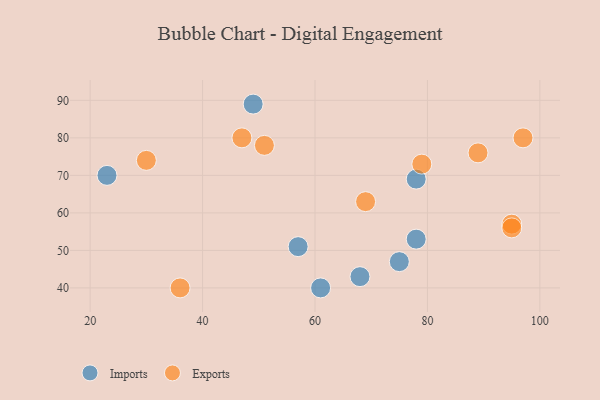
{"axis": {"x": "GDP", "y": "Life Expectancy"}, "legend": ["Exports", "Imports"], "data": [{"x": "68", "y": 43, "type": "Imports"}, {"x": "23", "y": 70, "type": "Imports"}, {"x": "75", "y": 47, "type": "Imports"}, {"x": "78", "y": 69, "type": "Imports"}, {"x": "57", "y": 51, "type": "Imports"}, {"x": "49", "y": 89, "type": "Imports"}, {"x": "61", "y": 40, "type": "Imports"}, {"x": "78", "y": 53, "type": "Imports"}, {"x": "95", "y": 57, "type": "Exports"}, {"x": "95", "y": 56, "type": "Exports"}, {"x": "79", "y": 73, "type": "Exports"}, {"x": "97", "y": 80, "type": "Exports"}, {"x": "36", "y": 40, "type": "Exports"}, {"x": "51", "y": 78, "type": "Exports"}, {"x": "47", "y": 80, "type": "Exports"}, {"x": "69", "y": 63, "type": "Exports"}, {"x": "89", "y": 76, "type": "Exports"}, {"x": "30", "y": 74, "type": "Exports"}]}